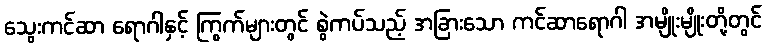
သွေးကင်ဆာ ရောဂါနှင့် ကြွက်များတွင် စွဲကပ်သည့် အခြားသော ကင်ဆာရောဂါ အမျိုးမျိုးတို့တွင်